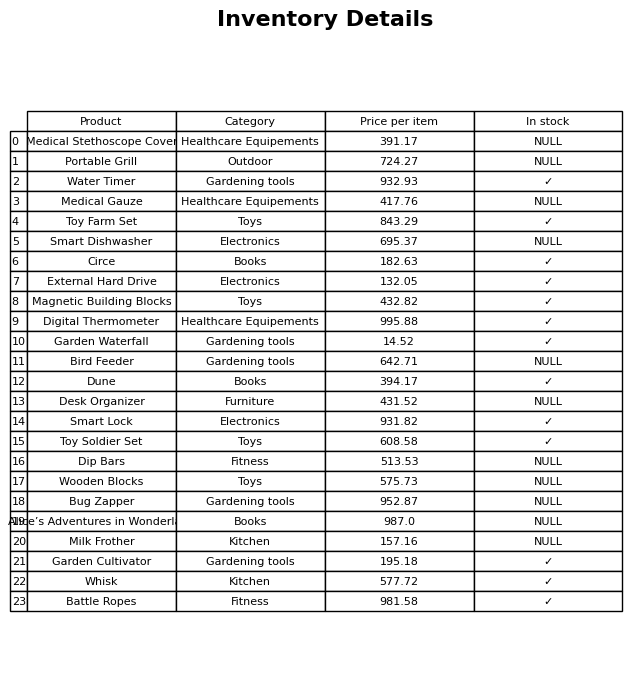
question: What is the price of the Smart Dishwasher?
answer: The price of Smart Dishwasher is 695.37.